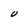
Character: O